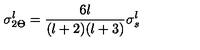
\sigma _ { 2 \Theta } ^ { l } = { \frac { 6 l } { ( l + 2 ) ( l + 3 ) } } \sigma _ { s } ^ { l }